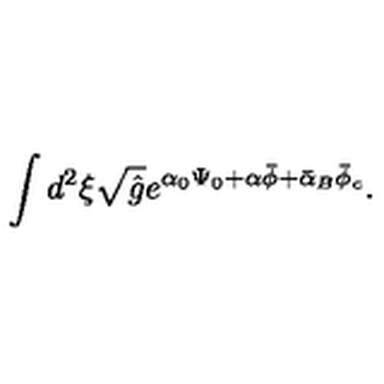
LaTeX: \int { d ^ { 2 } } \xi \sqrt { \hat { g } } { e ^ { { \alpha _ { 0 } } { \Psi _ { 0 } } + \alpha \bar { \phi } + { \bar { \alpha } _ { B } } { \bar { \phi } _ { c } } } } .